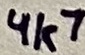
Text: 4k7